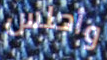
وأجلس